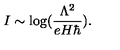
I \sim \log ( { \frac { \Lambda ^ { 2 } } { e H \hbar } } ) .